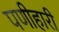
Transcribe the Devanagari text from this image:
पणीहारी